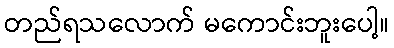
တည်ရသလောက် မကောင်းဘူးပေါ့။